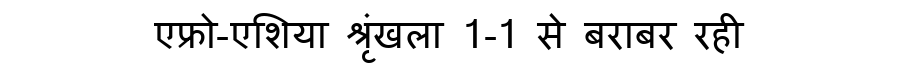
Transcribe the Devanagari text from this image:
एफ्रो-एशिया श्रृंखला 1-1 से बराबर रही